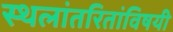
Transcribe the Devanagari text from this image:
स्थलांतरितांविषयी